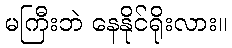
မကြီးဘဲ နေနိုင်ရိုးလား။